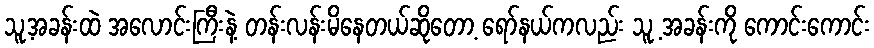
သူ့အခန်းထဲ အလောင်းကြီးနဲ့ တန်းလန်းမိနေတယ်ဆိုတော့ ရော်နယ်ကလည်း သူ့ အခန်းကို ကောင်းကောင်း